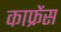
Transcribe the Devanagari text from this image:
काफ्रेंस